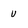
Character: u